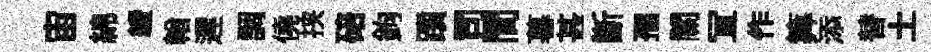
宙綿緩輶遲調僥挟碚鉤躓司間暮甚斷孺關冝作筭添替土